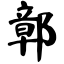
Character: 鄣